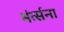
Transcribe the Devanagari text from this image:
भंर्त्सना